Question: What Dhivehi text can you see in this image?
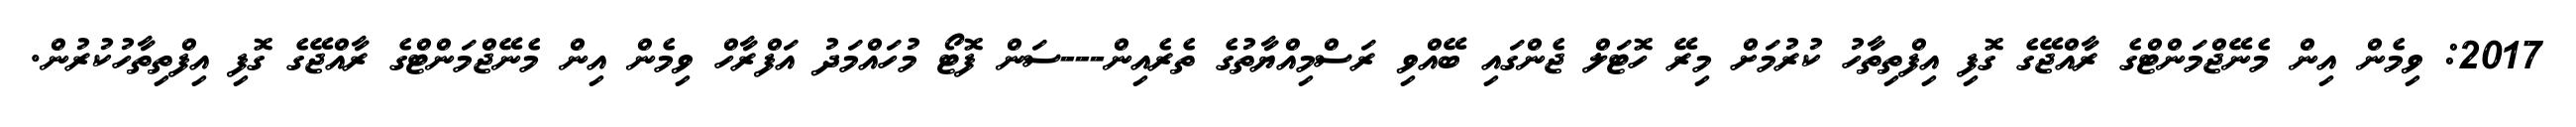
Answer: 2017: ވިމެން އިން މެނޭޖްމަންޓްގެ ރާއްޖޭގެ ގޮފި އިފްތިތާހު ކުރުމަށް މިރޭ ހޮޓަލް ޖެންގައި ބޭއްވި ރަސްމިއްޔާތުގެ ތެރެއިން---ސަން ފޮޓޯ މުހައްމަދު އަފްރާހް ވިމެން އިން މެނޭޖްމަންޓްގެ ރާއްޖޭގެ ގޮފި އިފްތިތާހުކުރުން.